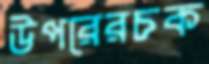
উপরেরচক